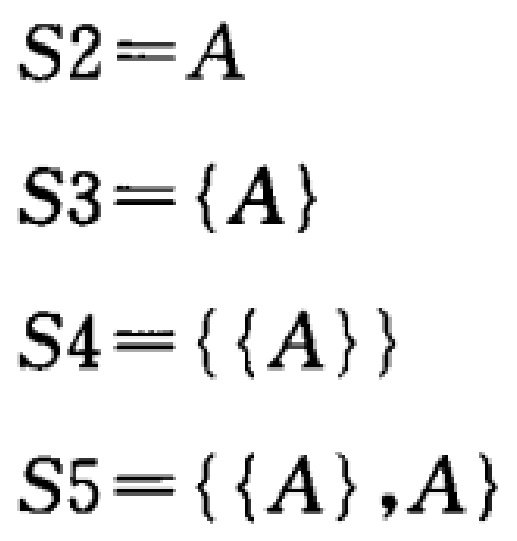
\[

\begin{align*}

S2&=A\\

S3&=\{A\}\\

S4&=\{\{A\}\}\\

S5&=\{\{A\},A\}

\end{align*}

\]